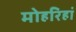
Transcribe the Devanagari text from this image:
मोहरिहां